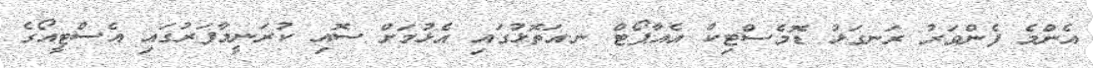
އެންމެ ފެންވަރު ރަނގަޅު ޑޮމެސްޓިކް އެއާޕޯޓް ނ.އަތޮޅުގައި އެޅުމަށް ސޮއި ކުރަނީމާފަރުގައި އެސްޓީއޯގެ